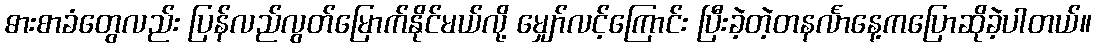
ဓားစာခံတွေလည်း ပြန်လည်လွတ်မြောက်နိုင်မယ်လို့ မျှော်လင့်ကြောင်း ပြီးခဲ့တဲ့တနင်္လာနေ့ကပြောဆိုခဲ့ပါတယ်။